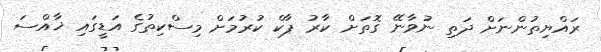
ރައްޔިތުންނަށް ދަތި ނުވާނޭ ގޮތަށް ކާރު ޕާކް ކުރުމަށް މިސްކިތުގެ އަޑީގައި ޚާއްސަ